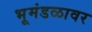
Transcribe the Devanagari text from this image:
भूमंडळावर